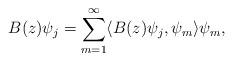
LaTeX: \begin{align*}B(z)\psi_j = \sum_{m=1}^{\infty} \langle B(z) \psi_j, \psi_m \rangle \psi_m,\end{align*}